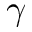
\gamma